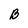
Character: B